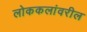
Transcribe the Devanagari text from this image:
लोककलांवरील